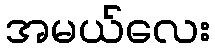
အမယ်လေး